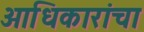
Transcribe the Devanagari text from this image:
आधिकारांचा